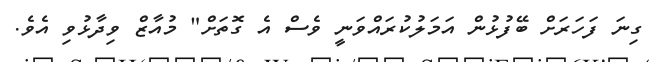
ގިނަ ފަހަރަށް ބޭފުޅުން އަމަލުކުރައްވަނީ ވެސް އެ ގޮތަށް" މުއާޒް ވިދާޅުވި އެވެ.